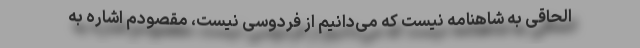
الحاقی به شاهنامه نیست که می‌دانیم از فردوسی نیست، مقصودم اشاره به